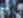
واحد